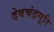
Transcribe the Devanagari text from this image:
देवचंद्रसूरि